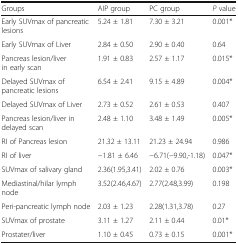
| Groups | AIP group | PC group | P value |
 | --- | --- | --- | --- |
 | Early SUVmax of pancreatic lesions | 5.24 ± 1.81 | 7.30 ± 3.21 | 0.001* |
 | Early SUVmax of Liver | 2.84 ± 0.50 | 2.90 ± 0.40 | 0.64 |
 | Pancreas lesion/liver in early scan | 1.91 ± 0.83 | 2.57 ± 1.17 | 0.015* |
 | Delayed SUVmax of pancreatic lesions | 6.54 ± 2.41 | 9.15 ± 4.89 | 0.004* |
 | Delayed SUVmax of Liver | 2.73 ± 0.52 | 2.61 ± 0.53 | 0.407 |
 | Pancreas lesion/liver in delayed scan | 2.48 ± 1.10 | 3.48 ± 1.49 | 0.005* |
 | RI of Pancreas lesion | 21.32 ± 13.11 | 21.23 ± 24.94 | 0.986 |
 | RI of liver | −1.81 ± 6.46 | −6.71(−9.90,-1.18) | 0.047* |
 | SUVmax of salivary gland | 2.36(1.95,3.41) | 2.02 ± 0.76 | 0.003* |
 | Mediastinal/hilar lymph node | 3.52(2.46,4.67) | 2.77(2.48,3.99) | 0.198 |
 | Peri-pancreatic lymph node | 2.03 ± 1.23 | 2.28(1.31,3.78) | 0.27 |
 | SUVmax of prostate | 3.11 ± 1.27 | 2.11 ± 0.44 | 0.01* |
 | Prostater/liver | 1.10 ± 0.45 | 0.73 ± 0.15 | 0.001* |